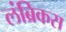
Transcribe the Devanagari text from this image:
लंब्रिकस